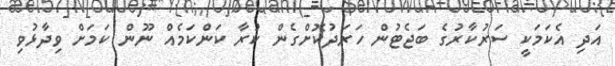
އަދި އެކަމަކީ ސަރުކާރުގެ ބަޖެޓުން ހަރަދުކޮށްގެން ކުރާ ކަންކަމެއް ނޫން ކަމަށް ވިދާޅުވި